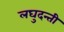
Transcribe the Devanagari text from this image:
लघुदन्ती